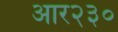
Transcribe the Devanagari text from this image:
आर२३०